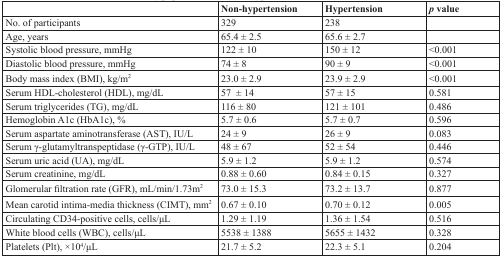
|  | Non-hypertension | Hypertension | p value |
 | --- | --- | --- | --- |
 | No. of participants | 329 | 238 |  |
 | Age, years | 65.4 ± 2.5 | 65.6 ± 2.7 |  |
 | Systolic blood pressure, mmHg | 122 ± 10 | 150 ± 12 | <0.001 |
 | Diastolic blood pressure, mmHg | 74 ± 8 | 90 ± 9 | <0.001 |
 | Body mass index (BMI), kg/m2 | 23.0 ± 2.9 | 23.9 ± 2.9 | <0.001 |
 | Serum HDL-cholesterol (HDL), mg/dL | 57 ± 14 | 57 ± 15 | 0.581 |
 | Serum triglycerides (TG), mg/dL | 116 ± 80 | 121 ± 101 | 0.486 |
 | Hemoglobin A1c (HbA1c), % | 5.7 ± 0.6 | 5.7 ± 0.7 | 0.596 |
 | Serum aspartate aminotransferase (AST), IU/L | 24 ± 9 | 26 ± 9 | 0.083 |
 | Serum γ-glutamyltranspeptidase (γ-GTP), IU/L | 48 ± 67 | 52 ± 54 | 0.446 |
 | Serum uric acid (UA), mg/dL | 5.9 ± 1.2 | 5.9 ± 1.2 | 0.574 |
 | Serum creatinine, mg/dL | 0.88 ± 0.60 | 0.84 ± 0.15 | 0.327 |
 | Glomerular filtration rate (GFR), mL/min/1.73m2 | 73.0 ± 15.3 | 73.2 ± 13.7 | 0.877 |
 | Mean carotid intima-media thickness (CIMT), mm2 | 0.67 ± 0.10 | 0.70 ± 0.12 | 0.005 |
 | Circulating CD34-positive cells, cells/μL | 1.29 ± 1.19 | 1.36 ± 1.54 | 0.516 |
 | White blood cells (WBC), cells/μL | 5538 ± 1388 | 5655 ± 1432 | 0.328 |
 | Platelets (Plt), ×104/μL | 21.7 ± 5.2 | 22.3 ± 5.1 | 0.204 |